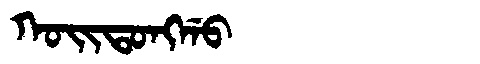
Manchu: ᡴᠣᡳᡨᠣᠩᡤᠣ
Romanization: KOITONGGO